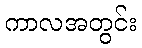
ကာလအတွင်း